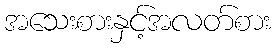
အသေးစားနှင့်အလတ်စား